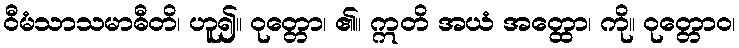
ဝီမံသာသမာဓီတိ၊ ဟူ၍။ ဝုတ္တော၊ ၏။ ဣတိ အယံ အတ္ထော၊ ကို။ ဝုတ္တောဝ၊